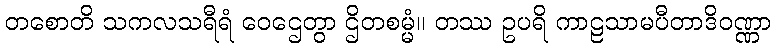
တစောတိ သကလသရီရံ ဝေဌေတွာ ဌိတစမ္မံ။ တဿ ဥပရိ ကာဠသာမပီတာဒိဝဏ္ဏာ